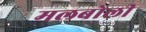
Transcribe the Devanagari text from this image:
मलबोली